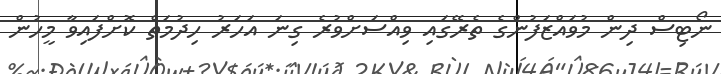
ނޯޓިސް ދިން މުވައްޒަފުންގެ ތެރޭގައި ވިއްސަށްވުރެ ގިނަ އަހަރު ހިދުމަތް ކޮށްފައިވާ މީހުން